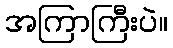
အကြာကြီးပဲ။